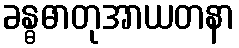
ခန္ဓဓာတုအာယတနာ